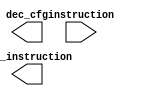
module cu_idec(
input   [31:0]   instruction,
output  [255:0]  dec_instruction,
output  [7:0]    dec_cfg
    );
    
    reg [255:0] dec_signal;
    reg [7:0] dec_cfg_signal;
    wire [7:0] opcode = instruction[31:24];
    wire [3:0] addr_mode = instruction[23:0];
    wire [8:0] dest_reg  = instruction[19:12];
    wire [8:0] src_reg = instruction[11:3];
    wire [4:0] dbg_ctrl = instruction[3:0];
    
    always @ (instruction)
    begin
    
    end
    
endmodule